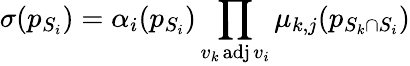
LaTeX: \sigma(p_{S_{i}})=\alpha_{i}(p_{S_{i}})\prod_{v_{k}\operatorname{adj}v_{i}}\mu_{k,j}(p_{S_{k}\cap S_{i}})